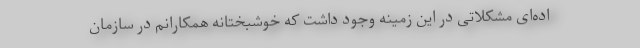
اده‌ای مشکلاتی در این زمینه وجود داشت که خوشبختانه همکارانم در سازمان